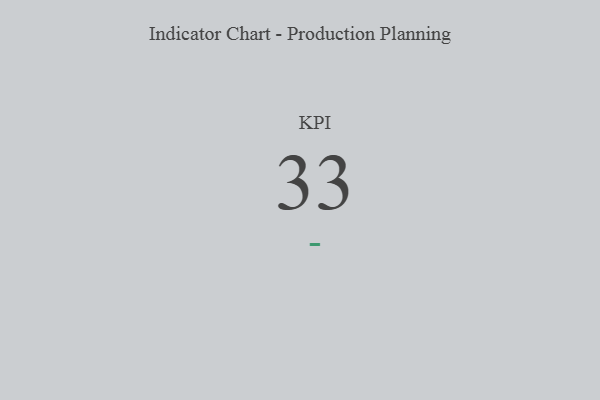
{"axis": {"x": "KPI", "y": "Value"}, "legend": [""], "data": [{"x": "KPI", "y": 33, "type": ""}]}